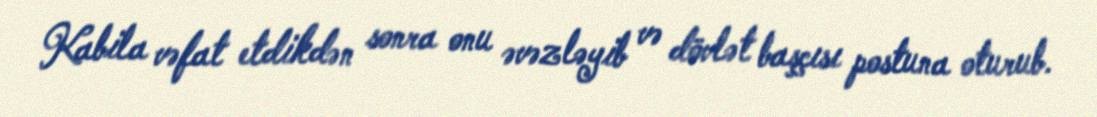
Kabila vəfat etdikdən sonra onu əvəzləyib və dövlət başçısı postuna oturub.